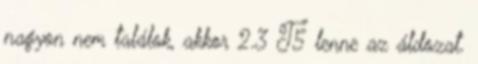
nagyon nem találok, akkor 2.3 T5 lenne az áldozat.